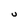
Character: U